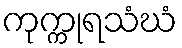
ကုက္ကုရသံဃံ